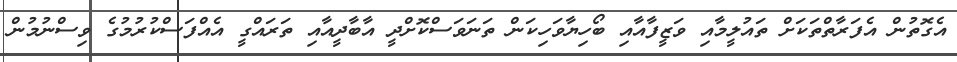
އެގޮތުން އެފަރާތްތަކަށް ތައުލީމާއި ވަޒީފާއާއި ބޯހިޔާވަހިކަން ތަނަވަސްކޮށްދީ އާބާދީއާއި ތަރައްގީ އެއްފަސްކުރުމުގެ ވިސްނުމުން